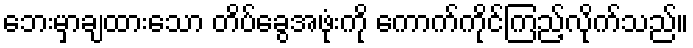
ဘေးမှာချထားသော တိပ်ခွေအဖုံးကို ကောက်ကိုင်ကြည့်လိုက်သည်။